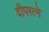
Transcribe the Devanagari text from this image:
दीपरत्ने